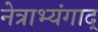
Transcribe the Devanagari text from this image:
नेत्राभ्यंगाद्